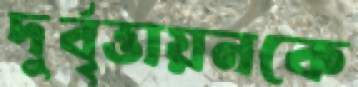
দুর্বৃত্তায়নকে